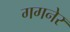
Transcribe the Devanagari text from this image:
गगनेर